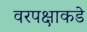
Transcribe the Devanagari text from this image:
वरपक्षाकडे